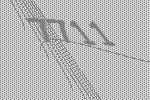
7711